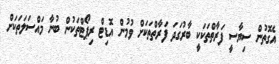
އެގޮތުން ސިޔާސީ ފަރާތްތަކަކީ ބާރުގަދަ ފަރާތްތަކަށް ވުމުން އޮޑިޓް ރިޕޯޓްތަކުން ބުނާ މައްސަލަތަކަށް